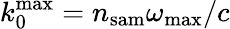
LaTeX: k_{0}^{\mathrm{max}}=n_{\mathrm{sam}}\omega_{\mathrm{max}}/c